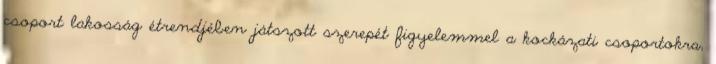
csoport lakosság étrendjében játszott szerepét figyelemmel a kockázati csoportokra,